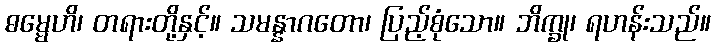
ဓမ္မေဟိ၊ တရားတို့နှင့်။ သမန္နာဂတော၊ ပြည့်စုံသော။ ဘိက္ခု၊ ရဟန်းသည်။